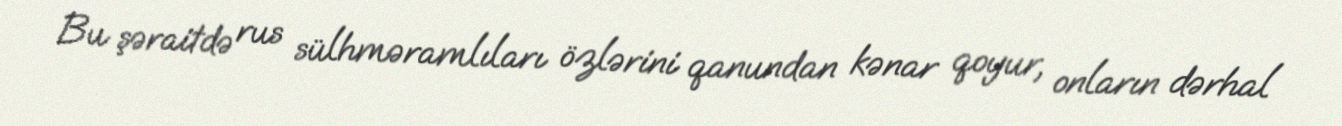
Bu şəraitdə rus sülhməramlıları özlərini qanundan kənar qoyur, onların dərhal